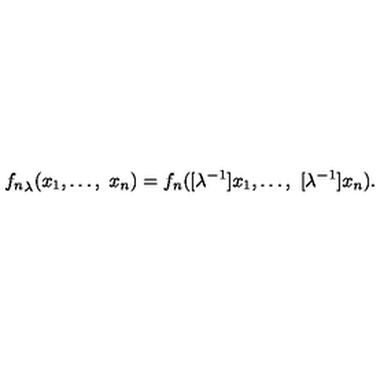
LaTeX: { f _ { n } } _ { \lambda } ( x _ { 1 } , \ldots , \ x _ { n } ) = f _ { n } ( [ \lambda ^ { - 1 } ] x _ { 1 } , \ldots , \ [ \lambda ^ { - 1 } ] x _ { n } ) .